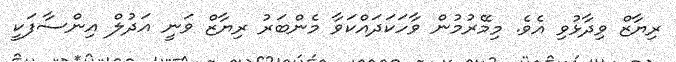
ރިޔާޒް ވިދާޅުވި އެވެ. މިމޭރުމުން ވާހަކަދައްކަވާ މެންބަރު ރިޔާޒް ވަނީ އަދުލް އިންސާފަކީ